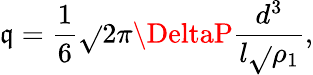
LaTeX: \mathfrak{q}={\frac{{1}}{{6}}}{\sqrt{}{{2\pi}}}\DeltaP{\frac{{d^{3}}}{{l{\sqrt{}{{\rho_{1}}}}}}},